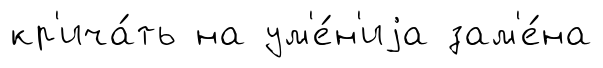
кр'ича́ть на ум'е́н'иjа зам'е́на